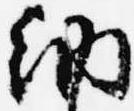
納